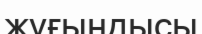
жұғындысы